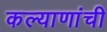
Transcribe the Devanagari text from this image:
कल्याणांची